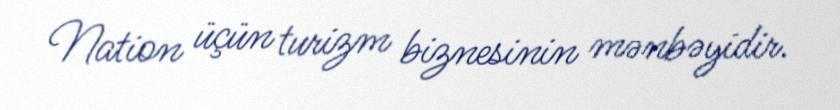
Nation üçün turizm biznesinin mənbəyidir.